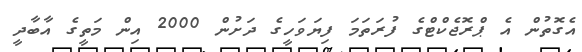
އެގޮތުން އެ ޕްރޮޖެކްޓްގެ ފުރަތަމަ ފިޔަވަހީގެ ދަށުން 2000 އިން މަތީގެ އާބާދީ